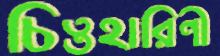
চিত্তহারিণী